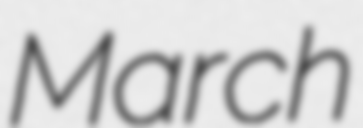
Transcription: March